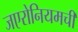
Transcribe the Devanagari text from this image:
जएरोनियमची